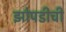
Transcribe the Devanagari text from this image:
झोपडीची